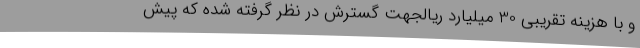
و با هزینه تقریبی 30 میلیارد ریالجهت گسترش در نظر گرفته شده که پیش